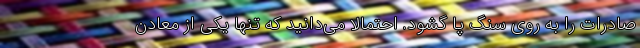
صادرات را به روی سنگ پا گشود. احتمالا می‌دانید که تنها یکی از معادن